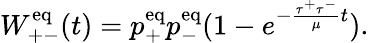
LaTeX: W_{+-}^{\mathrm{eq}}(t)=p_{+}^{\mathrm{eq}}p_{-}^{\mathrm{eq}}(1-e^{-\frac{\tau^{+}\tau^{-}}{\mu}t}).